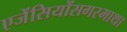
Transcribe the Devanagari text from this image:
एजेंसियोंसगरमाथा